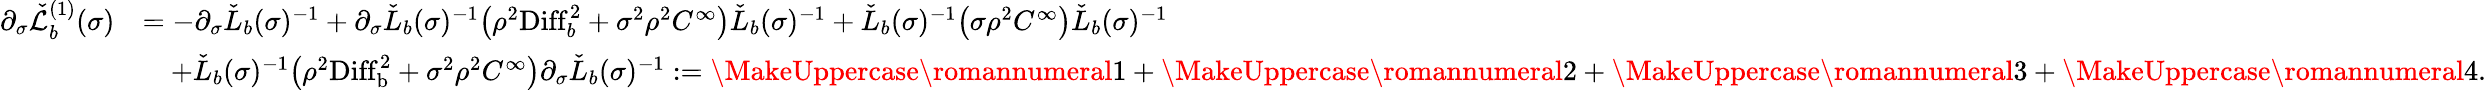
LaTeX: \begin{array}{rl}{\partial_{\sigma}\check{\mathcal{L}}_{b}^{(1)}(\sigma)}&{=-\partial_{\sigma}\check{L}_{b}(\sigma)^{-1}+\partial_{\sigma}\check{L}_{b}(\sigma)^{-1}\big(\rho^{2}\mathrm{Diff}_{b}^{2}+\sigma^{2}\rho^{2}C^{\infty}\big)\check{L}_{b}(\sigma)^{-1}+\check{L}_{b}(\sigma)^{-1}\big(\sigma\rho^{2}C^{\infty}\big)\check{L}_{b}(\sigma)^{-1}}\\ &{\quad+\check{L}_{b}(\sigma)^{-1}\big(\rho^{2}\mathrm{Diff}_{\mathrm{b}}^{2}+\sigma^{2}\rho^{2}C^{\infty}\big)\partial_{\sigma}\check{L}_{b}(\sigma)^{-1}:=\MakeUppercase{\romannumeral 1}+\MakeUppercase{\romannumeral 2}+\MakeUppercase{\romannumeral 3}+\MakeUppercase{\romannumeral 4}.}\end{array}